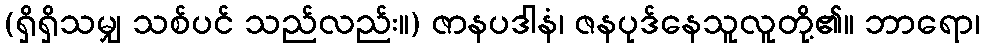
(ရှိရှိသမျှ သစ်ပင် သည်လည်း။) ဇာနပဒါနံ၊ ဇနပုဒ်နေသူလူတို့၏။ ဘာရော၊